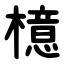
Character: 檍